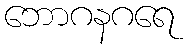
ဘောဂနဂရေ